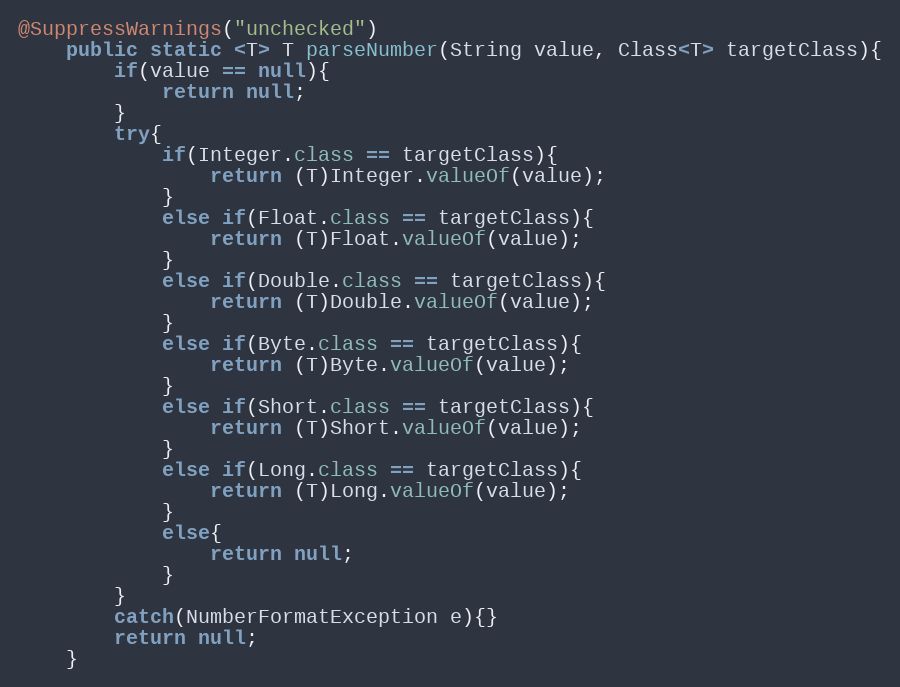
Language: Java
@SuppressWarnings("unchecked")
	public static <T> T parseNumber(String value, Class<T> targetClass){
		if(value == null){
			return null;
		}
		try{
			if(Integer.class == targetClass){
				return (T)Integer.valueOf(value);
			}
			else if(Float.class == targetClass){
				return (T)Float.valueOf(value);
			}
			else if(Double.class == targetClass){
				return (T)Double.valueOf(value);
			}
			else if(Byte.class == targetClass){
				return (T)Byte.valueOf(value);
			}
			else if(Short.class == targetClass){
				return (T)Short.valueOf(value);
			}
			else if(Long.class == targetClass){
				return (T)Long.valueOf(value);
			}
			else{
				return null;
			}
		}
		catch(NumberFormatException e){}
		return null;
	}